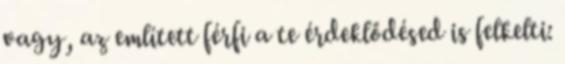
vagy, az említett férfi a te érdeklődésed is felkelti: